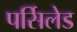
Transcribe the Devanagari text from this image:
पर्सिलेड